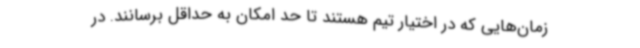
زمان‌هایی که در اختیار تیم هستند تا حد امکان به حداقل برسانند. در